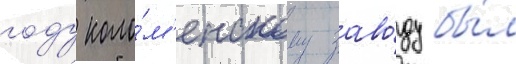
году коло́м'енскому заво́ду бы́л